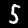
Label: 5